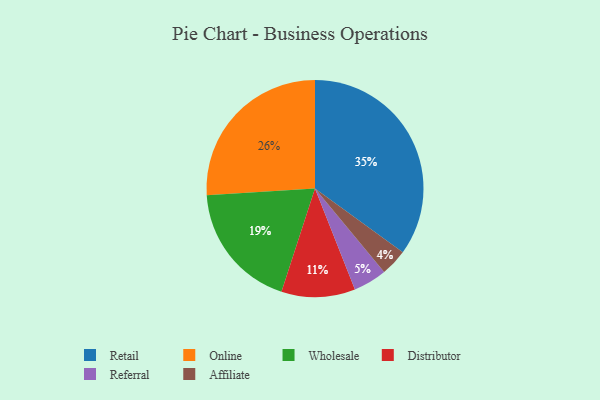
{"axis": {"x": "Category", "y": "Percentage"}, "legend": ["Affiliate", "Distributor", "Online", "Referral", "Retail", "Wholesale"], "data": [{"x": "Affiliate", "y": 4, "type": "Affiliate"}, {"x": "Referral", "y": 5, "type": "Referral"}, {"x": "Retail", "y": 35, "type": "Retail"}, {"x": "Distributor", "y": 11, "type": "Distributor"}, {"x": "Wholesale", "y": 19, "type": "Wholesale"}, {"x": "Online", "y": 26, "type": "Online"}]}